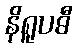
နိရူပဓီ